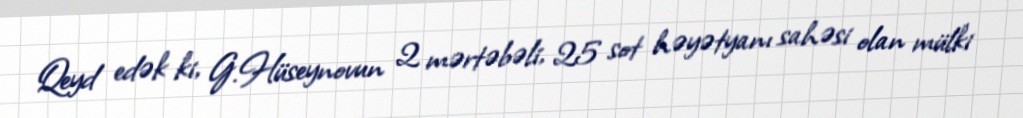
Qeyd edək ki, G.Hüseynovun 2 mərtəbəli, 25 sot həyətyanı sahəsi olan mülki